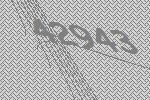
42943